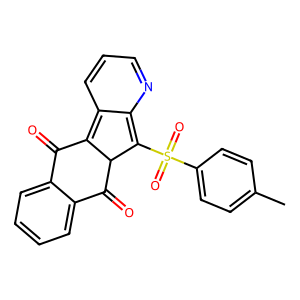
SMILES: Cc1ccc(S(=O)(=O)C2=c3ncccc3=C3C(=O)c4ccccc4C(=O)C32)cc1
Inhibits HIV replication: No